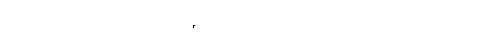
စက္ခုဝိဉာဏ်အစရှိသော အကျိုးတို့၏။) ဘာဝေါ စ၊ ရှိခြင်းသည်လည်းကောင်း။ လောကဿ၊